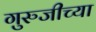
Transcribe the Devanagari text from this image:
गुरुजीच्या